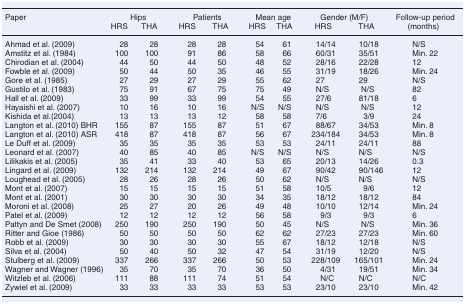
<table><thead><tr><td rowspan="2"><b>Paper</b></td><td colspan="2"><b>Hips</b></td><td colspan="2"><b>Patients</b></td><td colspan="2"><b>Mean age</b></td><td colspan="2"><b>Gender (M/F)</b></td><td><b>Follow-up period</b></td></tr><tr><td><b>HRS</b></td><td><b>THA</b></td><td><b>HRS</b></td><td><b>THA</b></td><td><b>HRS</b></td><td><b>THA</b></td><td><b>HRS</b></td><td><b>THA</b></td><td><b>(months)</b></td></tr></thead><tbody><tr><td>Ahmad et al. (2009)</td><td>28</td><td>28</td><td>28</td><td>28</td><td>54</td><td>61</td><td>14/14</td><td>10/18</td><td>N/S</td></tr><tr><td>Amstitz et al. (1984)</td><td>100</td><td>100</td><td>91</td><td>86</td><td>58</td><td>66</td><td>60/31</td><td>35/51</td><td>Min. 22</td></tr><tr><td>Chirodian et al. (2004)</td><td>44</td><td>50</td><td>44</td><td>50</td><td>48</td><td>52</td><td>28/16</td><td>22/28</td><td>12</td></tr><tr><td>Fowble et al. (2009)</td><td>50</td><td>44</td><td>50</td><td>35</td><td>46</td><td>55</td><td>31/19</td><td>18/26</td><td>Min. 24</td></tr><tr><td>Gore et al. (1985)</td><td>27</td><td>29</td><td>27</td><td>29</td><td>55</td><td>62</td><td>27</td><td>29</td><td>N/S</td></tr><tr><td>Gustilo et al. (1983)</td><td>75</td><td>91</td><td>67</td><td>75</td><td>75</td><td>49</td><td>N/S</td><td>N/S</td><td>82</td></tr><tr><td>Hall et al. (2009)</td><td>33</td><td>99</td><td>33</td><td>99</td><td>54</td><td>55</td><td>27/6</td><td>81/18</td><td>6</td></tr><tr><td>Hayaishi et al. (2007)</td><td>10</td><td>16</td><td>10</td><td>16</td><td>N/S</td><td>N/S</td><td>N/S</td><td>N/S</td><td>12</td></tr><tr><td>Kishida et al.(2004)</td><td>13</td><td>13</td><td>13</td><td>12</td><td>58</td><td>58</td><td>7/6</td><td>3/9</td><td>24</td></tr><tr><td>Langton et al. (2010) BHR</td><td>155</td><td>87</td><td>155</td><td>87</td><td>51</td><td>67</td><td>88/67</td><td>34/53</td><td>Min. 8</td></tr><tr><td>Langton et al. (2010) ASR</td><td>418</td><td>87</td><td>418</td><td>87</td><td>56</td><td>67</td><td>234/184</td><td>34/53</td><td>Min. 8</td></tr><tr><td>Le Duff et al. (2009)</td><td>35</td><td>35</td><td>35</td><td>35</td><td>53</td><td>53</td><td>24/11</td><td>24/11</td><td>88</td></tr><tr><td>Leonard et al. (2007)</td><td>40</td><td>85</td><td>40</td><td>85</td><td>N/S</td><td>N/S</td><td>N/S</td><td>N/S</td><td>N/S</td></tr><tr><td>Lilikakis et al. (2005)</td><td>35</td><td>41</td><td>33</td><td>40</td><td>53</td><td>65</td><td>20/13</td><td>14/26</td><td>0.3</td></tr><tr><td>Lingard et al. (2009)</td><td>132</td><td>214</td><td>132</td><td>214</td><td>49</td><td>67</td><td>90/42</td><td>90/146</td><td>12</td></tr><tr><td>Loughead et al. (2005)</td><td>28</td><td>26</td><td>28</td><td>26</td><td>50</td><td>62</td><td>N/S</td><td>N/S</td><td>N/S</td></tr><tr><td>Mont et al. (2007)</td><td>15</td><td>15</td><td>15</td><td>15</td><td>51</td><td>58</td><td>10/5</td><td>9/6</td><td>12</td></tr><tr><td>Mont et al. (2001)</td><td>30</td><td>30</td><td>30</td><td>30</td><td>34</td><td>35</td><td>18/12</td><td>18/12</td><td>84</td></tr><tr><td>Moroni et al. (2008)</td><td>25</td><td>27</td><td>20</td><td>26</td><td>49</td><td>48</td><td>10/10</td><td>12/14</td><td>Min. 24</td></tr><tr><td>Patel et al. (2009)</td><td>12</td><td>12</td><td>12</td><td>12</td><td>56</td><td>58</td><td>9/3</td><td>9/3</td><td>6</td></tr><tr><td>Pattyn and De Smet (2008)</td><td>250</td><td>190</td><td>250</td><td>190</td><td>50</td><td>45</td><td>N/S</td><td>N/S</td><td>Min. 36</td></tr><tr><td>Ritter and Gioe (1986)</td><td>50</td><td>50</td><td>50</td><td>50</td><td>62</td><td>62</td><td>27/23</td><td>27/23</td><td>Min. 60</td></tr><tr><td>Robb et al. (2009)</td><td>30</td><td>30</td><td>30</td><td>30</td><td>55</td><td>67</td><td>18/12</td><td>12/18</td><td>N/S</td></tr><tr><td>Silva et al. (2004)</td><td>50</td><td>40</td><td>50</td><td>32</td><td>47</td><td>54</td><td>31/19</td><td>12/20</td><td>N/S</td></tr><tr><td>Stulberg et al. (2009)</td><td>337</td><td>266</td><td>337</td><td>266</td><td>50</td><td>53</td><td>228/109</td><td>165/101</td><td>Min. 24</td></tr><tr><td>Wagner and Wagner (1996)</td><td>35</td><td>70</td><td>35</td><td>70</td><td>36</td><td>50</td><td>4/31</td><td>19/51</td><td>Min. 34</td></tr><tr><td>Witzleb et al. (2006)</td><td>111</td><td>88</td><td>111</td><td>74</td><td>51</td><td>54</td><td>N/C</td><td>N/C</td><td>N/C</td></tr><tr><td>Zywiel et al. (2009)</td><td>33</td><td>33</td><td>33</td><td>33</td><td>53</td><td>53</td><td>23/10</td><td>23/10</td><td>Min. 42</td></tr></tbody></table>